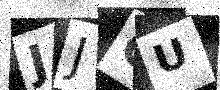
Text: JJCU